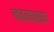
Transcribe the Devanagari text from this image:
नवव्याख्या